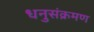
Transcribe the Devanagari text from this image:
धनुसंक्रमण